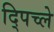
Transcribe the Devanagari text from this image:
द्पिच्ले